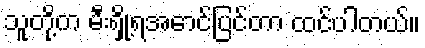
သူတို့က မီးရှို့ရအောင်ပြင်တာ ထင်ပါတယ်။